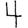
Digit: 4